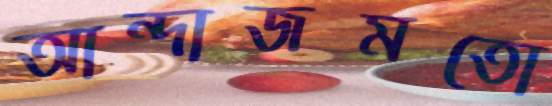
আন্দাজমতো